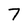
Character: 7